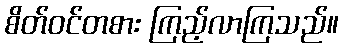
စိတ်ဝင်တစား ကြည့်လာကြသည်။